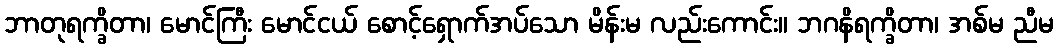
ဘာတုရက္ခိတာ၊ မောင်ကြီး မောင်ငယ် စောင့်ရှောက်အပ်သော မိန်းမ လည်းကောင်း။ ဘဂနိရက္ခိတာ၊ အစ်မ ညီမ